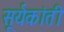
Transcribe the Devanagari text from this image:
सूर्यकांती